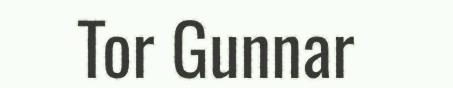
Tor Gunnar